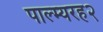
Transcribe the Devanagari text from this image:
पाल्म्यरह२